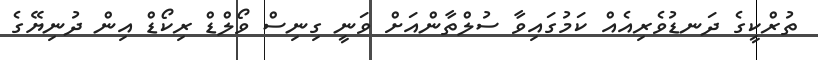
ތުރްކީގެ ދަނޑުވެރިއެއް ކަމުގައިވާ ސުލްތާންއަށް ވަނީ ގިނިސް ވޯލްޑް ރިކޯޑް އިން ދުނިޔޭގެ